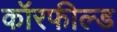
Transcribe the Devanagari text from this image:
कॉरफील्ड